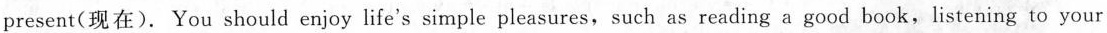
present(现在). You should enjoy life's simple pleasures, such as reading a good book,listening to your